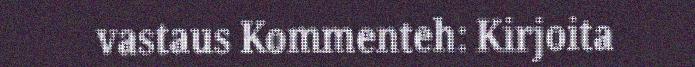
vastaus Kommenteh: Kirjoita